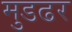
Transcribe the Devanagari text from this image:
मुडढर